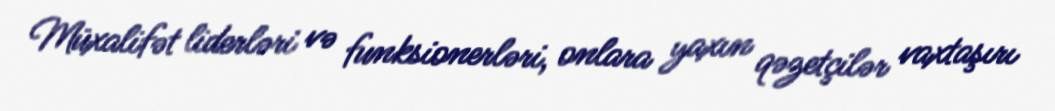
Müxalifət liderləri və funksionerləri, onlara yaxın qəzetçilər vaxtaşırı